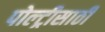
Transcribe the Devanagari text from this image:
पोल्ट्रीसाठी